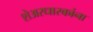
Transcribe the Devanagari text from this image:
शेअरधारकांना